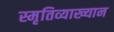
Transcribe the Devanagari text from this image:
स्मृतिव्याख्यान